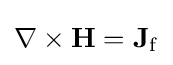
\mathbf {\nabla } \times \mathbf {H} =\mathbf {J} _{\mathrm {f} }